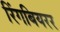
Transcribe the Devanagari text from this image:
रिंगबियरर